Report on horse surra - Volume I
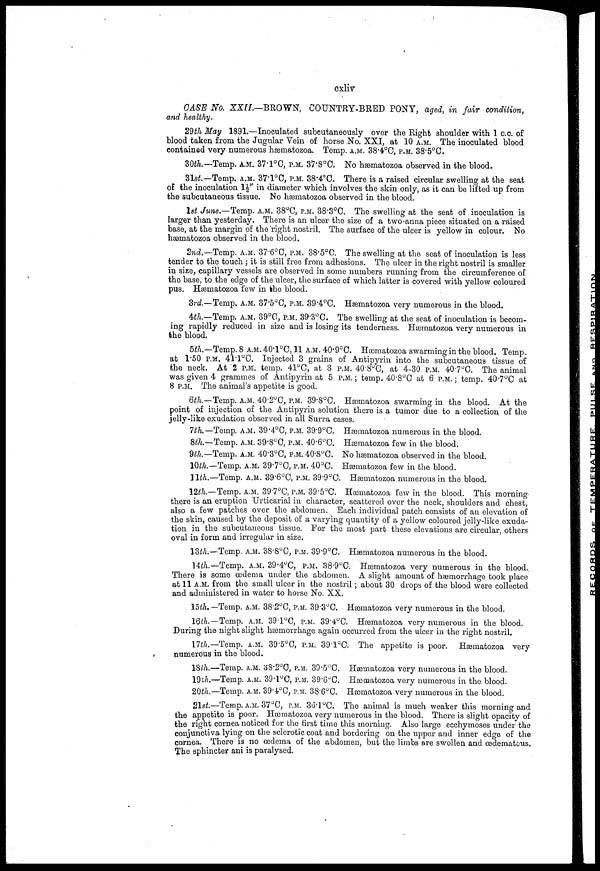
cxliv
CASE No. XXII.—BROWN,
COUNTRY-BRED PONY, aged, in fair
condition,
and healthy.
29th May 1891.—Inoculated subcutaneously over the Right shoulder with 1 c.c. of
blood taken from the Jugular Vein of horse No. XXI, at 10 A.M. The inoculated blood
contained very numerous hæmatozoa. Temp. A.M. 38.4°C, P.M. 38.5°C.
30th.—Temp. A.M. 37.1°0, P.M. 37.8°C. No hæmatozoa observed in the blood.
31st.—Temp. A.M. 37.1°C, P.M.38.4°C. There is a raised circular swelling at the seat
of the inoculation 1 ½" in diameter which involves the skin only, as it can be lifted up from
the subcutaneous tissue. No hæmatozoa observed in the blood.
1st June.—Temp. A.M. 38°C, P.M. 38.3°C. The swelling at the seat of inoculation is
larger than yesterday. There is an ulcer the size of a two-anna piece situated on a raised
base, at the margin of the right nostril. The surface of the ulcer is yellow in colour. No
hæmatozoa observed in the blood.
2nd.— Temp. A.M. 37.6°C. P.M. 38.5°C. The swelling at the seat of inoculation is less
tender to the touch ; it is still free from adhesions. The ulcer in the right nostril is smaller
in size, capillary vessels are observed in some numbers running from the circumference of
the base, to the edge of the ulcer, the surface of which latter is covered with yellow coloured
pus. Hæmatozoa few in the blood.
3rd.—Temp. A.M. 37.5°C, P.M. 39.4°C. Hæmatozoa very numerous in the blood.
4th.—Temp. A.M. 39°C, P.M. 39.3°C. The swelling at the seat of inoculation is becom-
ing rapidly reduced in size and is losing its tenderness. Hæmatozoa very numerous in
the blood.
5th.—Temp. 8 A.M. 40.1°C,11 A.M. 40.9°C. Hæmatozoa swarming in the blood. Temp.,
at 1.50 P.M. 41.1°C. Injected 3 grains of Antipyrin into the subcutaneous tissue of
the neck. At 2 P.M. temp. 41°C, at 3 P.M. 40.8°C, at 4.30 P.M. 40.7°C. The animal
was given 4 grammes of Antipyrin at 5 P.M. ; temp. 40.8°C at 6 P.M. ; temp. 40.7°C at
8 P.M. The animal's appetite is good.
6th.—Temp. A.M. 40.2°C, P.M. 39.8°C. Hæmatozoa swarming in the blood. At the
point of injection of the Antipyrin solution there is a tumor due to a collection of the
jelly-like exudation observed in all Surra cases.
7th.
8th.
9th.
10th.
11th.
—Temp. A.M. 39.4°C, P.M. 39.9°C.
—Temp. A.M. 39.8°C, P.M. 40.6°C.
—Temp. A.M. 40.3°C, P.M. 40.8°C.
—Temp. A.M. 39.7°C, P.M. 40°C.
—Temp. A.M. 39.6°C, P.M. 39.9°C
Hæmatozoa numerous in the blood.
Hæmatozoa few in the blood.
No hæmatozoa observed in the blood.
Hæmatozoa few in the blood.
Hæmatozoa numerous in the blood.
12th.— Temp. A.M. 37.7°C, P.M. 39.5°C. Hæmatozoa few in the blood. This morning
there is an eruption Urticarial in character, scattered over the neck, shoulders and chest,
also a few patches over the abdomen. Each individual patch consists of an elevation of
the skin, caused by the deposit of a varying quantity of a yellow coloured jelly-like exuda-
tion in the subcutaneous tissue. For the most part these elevations are circular, others
oval in form and irregular in size.
13th.—Temp. A.M. 38.8°C, P.M. 39.9°C. Hæmatozoa numerous in the blood.
14th.— Temp. A.M. 39.4°C, P.M. 38.9°C. Hæmatozoa very numerous in the blood.
There is some œdema under the abdomen. A slight amount of hæmorrhage took place
at 11 A.M. from the small ulcer in the nostril ; about 30 drops of the blood were collected
and administered in water to horse No. XX.
15th.— Temp, A.M. 38.2°C, P.M. 39.3°C. Hæmatozoa very numerous in the blood.
16th.—Temp. A.M. 39.1°C, P.M. 39.4°C. Hæmatozoa very numerous in the blood.
During the night slight haemorrhage again occurred from the ulcer in the right nostril.
17th.— Temp. A.M. 39.5°C, P.M. 39.1°C. The appetite is poor. Hæmatozoa very
numerous in the blood.
18th.
19th.
20th.
—Temp. A.M.
—Temp. A.M.
—Temp. A.M.
38.2°C, P.M.
39.l°C, P.M.
39.4°C, P.M.
39.5°C.
39.6°C.
38.6°C.
Hæmatozoa very numerous in the blood.
Hæmatozoa very numerous in the blood.
Hæmatozoa very numerous in the blood.
21st.—Temp. A.M. 37°C, P.M. 36.l°C. The animal is much weaker this morning and
the appetite is poor. Hæmatozoa very numerous in the blood. There is slight opacity of
the right cornea noticed for the first time this morning. Also large ecchymoses under the
conjunctiva lying on the sclerotic coat and bordering on the upper and inner edge of the
cornea. There is no oedema of the abdomen, but the limbs are swollen and œdematous.
The sphincter ani is paralysed.